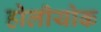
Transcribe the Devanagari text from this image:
होलीयोक